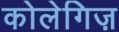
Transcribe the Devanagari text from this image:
कोलेगिज़